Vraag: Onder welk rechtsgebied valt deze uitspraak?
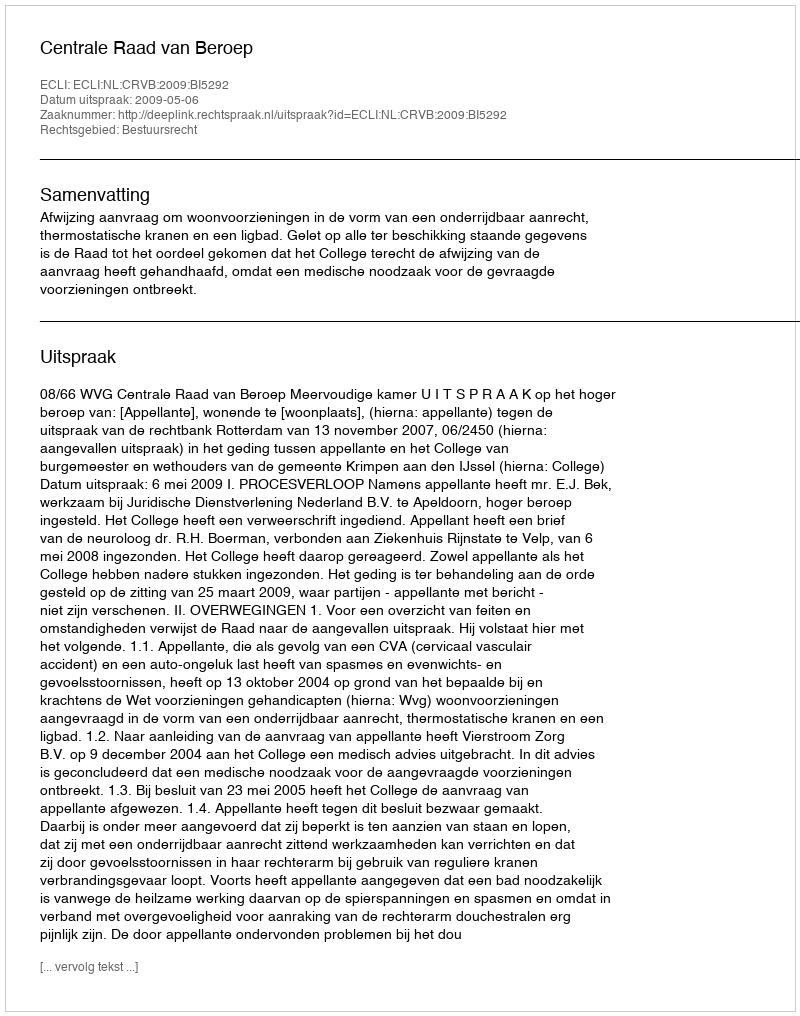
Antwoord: Bestuursrecht